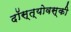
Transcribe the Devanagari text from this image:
दॉस्त्योवस्की